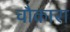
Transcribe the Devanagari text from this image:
चौकारा